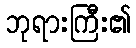
ဘုရားကြီး၏